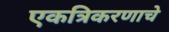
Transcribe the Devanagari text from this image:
एकत्रिकरणाचे